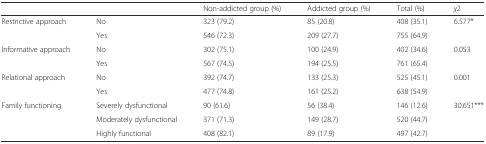
<table><thead><tr><td></td><td></td><td><b>Non-addicted group (%)</b></td><td><b>Addicted group (%)</b></td><td><b>Total (%)</b></td><td><b><i>χ</i>2</b></td></tr></thead><tbody><tr><td rowspan="2">Restrictive approach</td><td>No</td><td>323 (79.2)</td><td>85 (20.8)</td><td>408 (35.1)</td><td rowspan="2">6.577*</td></tr><tr><td>Yes</td><td>546 (72.3)</td><td>209 (27.7)</td><td>755 (64.9)</td></tr><tr><td rowspan="2">Informative approach</td><td>No</td><td>302 (75.1)</td><td>100 (24.9)</td><td>402 (34.6)</td><td rowspan="2">0.053</td></tr><tr><td>Yes</td><td>567 (74.5)</td><td>194 (25.5)</td><td>761 (65.4)</td></tr><tr><td rowspan="2">Relational approach</td><td>No</td><td>392 (74.7)</td><td>133 (25.3)</td><td>525 (45.1)</td><td rowspan="2">0.001</td></tr><tr><td>Yes</td><td>477 (74.8)</td><td>161 (25.2)</td><td>638 (54.9)</td></tr><tr><td rowspan="3">Family functioning</td><td>Severely dysfunctional</td><td>90 (61.6)</td><td>56 (38.4)</td><td>146 (12.6)</td><td rowspan="3">30.651***</td></tr><tr><td>Moderately dysfunctional</td><td>371 (71.3)</td><td>149 (28.7)</td><td>520 (44.7)</td></tr><tr><td>Highly functional</td><td>408 (82.1)</td><td>89 (17.9)</td><td>497 (42.7)</td></tr></tbody></table>